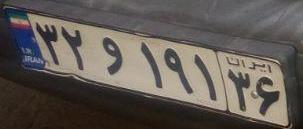
۳۲و۱۹۱۳۶